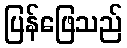
ပြန်ဖြေသည်